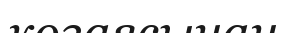
көзаясынан